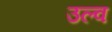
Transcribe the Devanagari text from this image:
उल्व